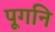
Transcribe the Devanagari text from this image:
पूगनि